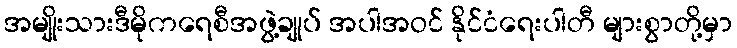
အမျိုးသားဒီမိုကရေစီအဖွဲ့ချုပ် အပါအဝင် နိုင်ငံရေးပါတီ များစွာတို့မှာ